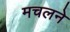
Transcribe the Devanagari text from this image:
मचलने